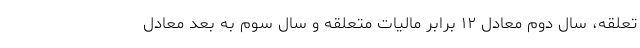
تعلقه، سال دوم معادل ۱۲ برابر مالیات متعلقه و سال سوم به بعد معادل